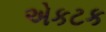
એકટક